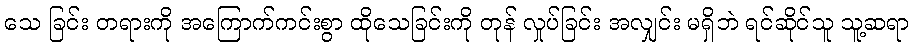
သေ ခြင်း တရားကို အကြောက်ကင်းစွာ ထိုသေခြင်းကို တုန် လှုပ်ခြင်း အလျှင်း မရှိဘဲ ရင်ဆိုင်သူ သူ့ဆရာ